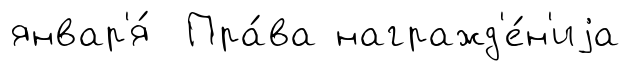
январ'я́ Пра́ва награжд'е́н'иjа